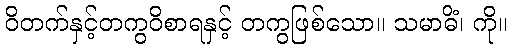
ဝိတက်နှင့်တကွဝိစာရနှင့် တကွဖြစ်သော။ သမာဓိံ၊ ကို။